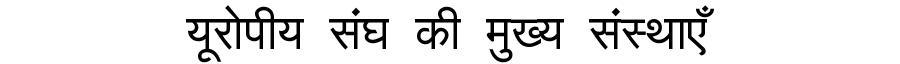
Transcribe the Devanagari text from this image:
यूरोपीय संघ की मुख्य संस्थाएँ